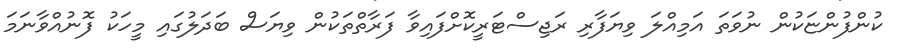
ކުންފުންޏަކުން ނުވަތަ އަމިއްލަ ވިޔަފާރި ރަޖިސްޓަރީކޮށްފައިވާ ފަރާތްތަކުން ވިޔަސް ބަދަލުގައި މީހަކު ފޮނުއްވާނަމަ